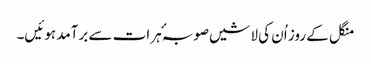
منگل کے روز اُن کی لاشیں صوبہٴ ہرات سے برآمد ہوئیں۔